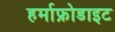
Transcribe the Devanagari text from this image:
हर्माफ्रोडाइट